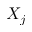
X _ { j }